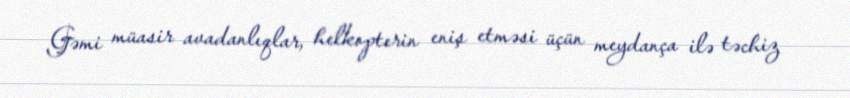
Gəmi müasir avadanlıqlar, helkopterin eniş etməsi üçün meydança ilə təchiz